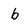
Character: b